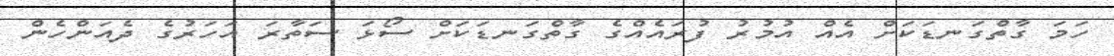
ހަމަ ގާތްގަނޑަކަށް އެއް އުމުރު ފުރައެއްގެ ގާތްގަނޑަކަށް ސޯޅަ ސަތާރަ އަހަރުގެ ދެއަންހެން